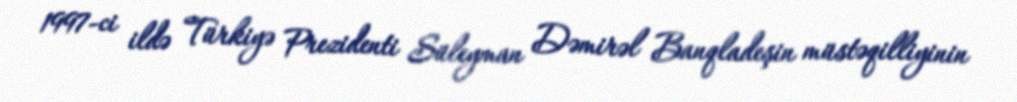
1997-ci ildə Türkiyə Prezidenti Süleyman Dəmirəl Banqladeşin müstəqilliyinin